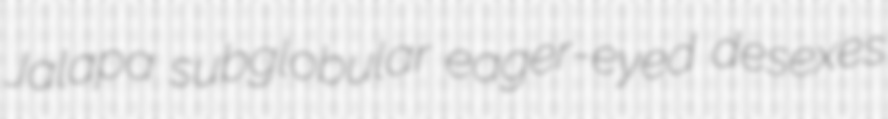
Jalapa subglobular eager-eyed desexes